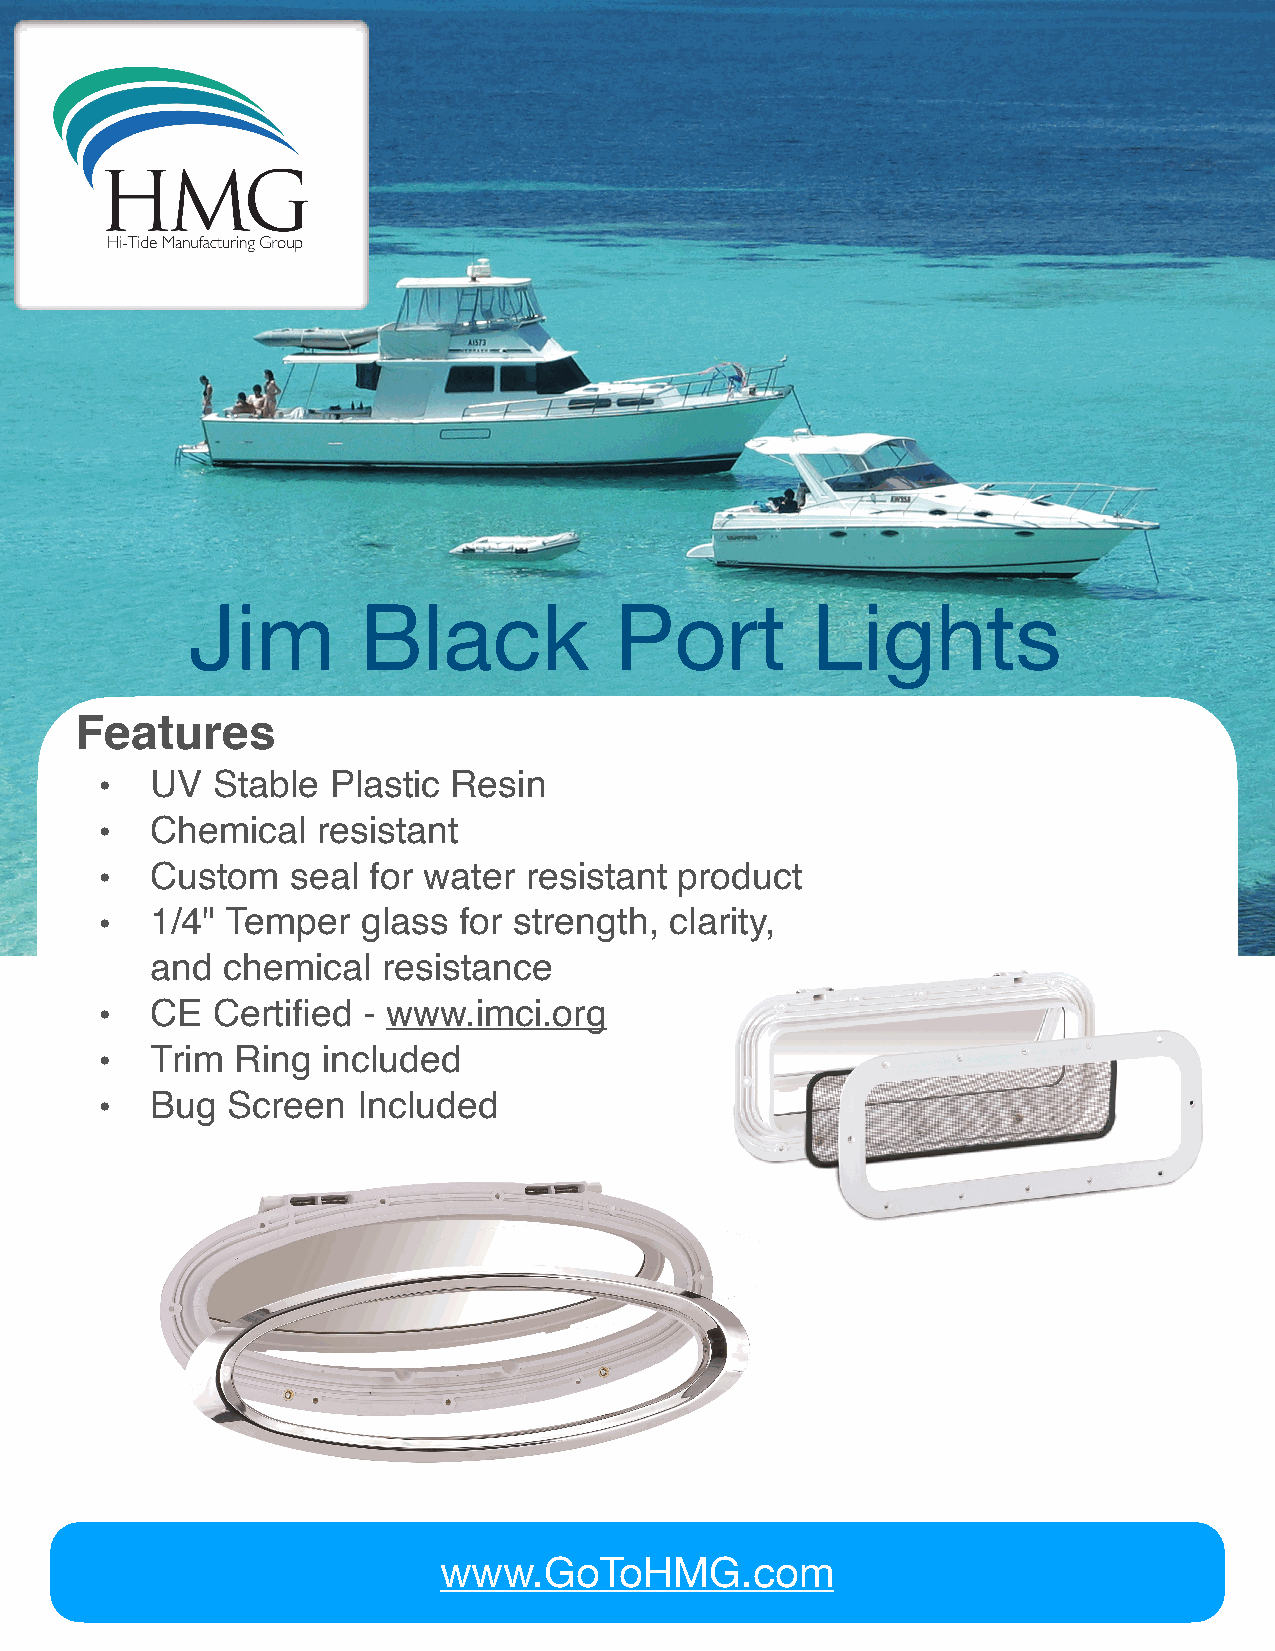
Jim         Black            Port         Lights
 Features
 •  UV  Stable  Plastic Resin
 •  Chemical   resistant
 •  Custom   seal for water  resistant product
 •  1/4" Temper   glass for strength, clarity,
 and  chemical  resistance
 •  CE  Certified - www.imci.org
 •  Trim  Ring included
 •  Bug  Screen   Included
 www.GoToHMG.com